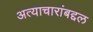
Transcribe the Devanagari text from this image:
अत्याचारांबद्दल